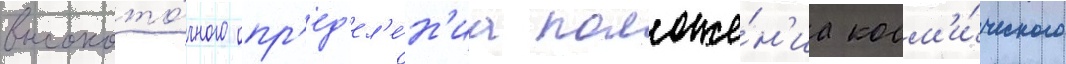
высокото́чного опр'ед'ел'е́н'иа положе́н'иа косм'и́ческого